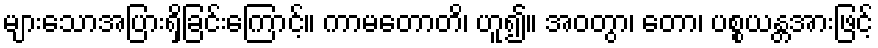
များသောအပြားရှိခြင်းကြောင့်။ ကာမတောတိ၊ ဟူ၍။ အဝတွာ၊ တော၊ ပစ္စယန္တအားဖြင့်